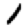
Digit: 1